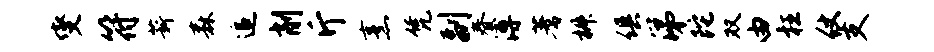
燮符薪森追削斤烹凭副春溥蓍椒俱涕陀双由枉仗支